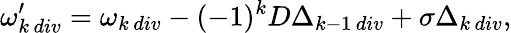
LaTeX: \omega_{k\, div}^{\prime}=\omega_{k\, div}-(-1)^{k}D\Delta_{k-1\, div}+\sigma\Delta_{k\, div},